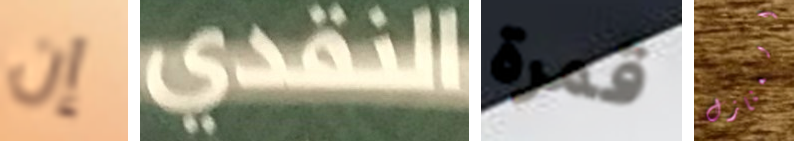
إن النقدي قمرة المنازل